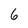
Character: 6